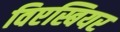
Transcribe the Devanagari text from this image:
विएस्बियर